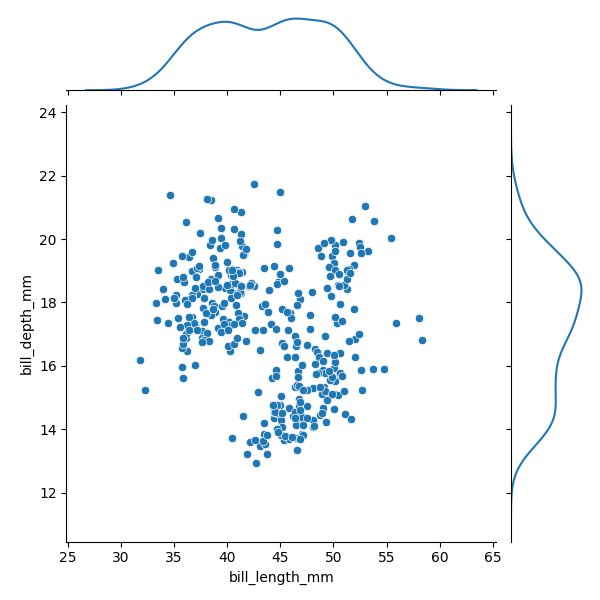
python, seaborn, JointGrid, scatterplot, kdeplot